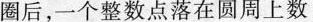
圈后，一个整数点落在圆周上数